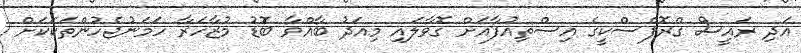
އަދި ރައީސް ގްރޮފްސްކީގެ އިސްތިއުފާއަށް ގޮވާލައި މިއަދު ބާއްވާ ބޮޑު މުޒާހަރާ ހަމަނުޖެހުންތަކަކަށް